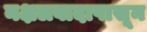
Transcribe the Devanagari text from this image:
नक्षलवादापासून